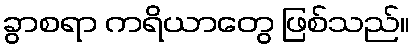
ခွာစရာ ကရိယာတွေ ဖြစ်သည်။